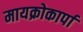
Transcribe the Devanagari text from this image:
मायक्रोकार्पा